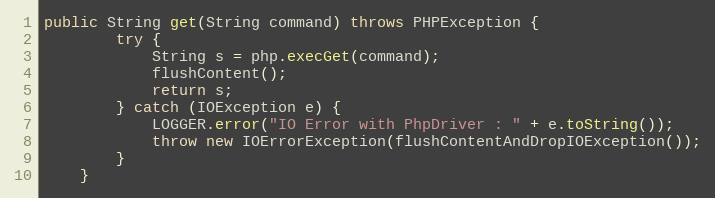
Language: Java
public String get(String command) throws PHPException {
		try {
			String s = php.execGet(command);
			flushContent();
			return s;
		} catch (IOException e) {
			LOGGER.error("IO Error with PhpDriver : " + e.toString());
			throw new IOErrorException(flushContentAndDropIOException());
		}
	}